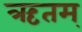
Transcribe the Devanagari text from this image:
ऋतम्